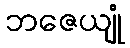
ဘဇေယျုံ